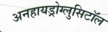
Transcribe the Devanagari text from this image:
अनहायड्रोग्लुसिटॉल